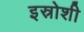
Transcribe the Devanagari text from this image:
इस्रोशी